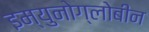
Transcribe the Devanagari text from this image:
इम्युनोग्लोबीन